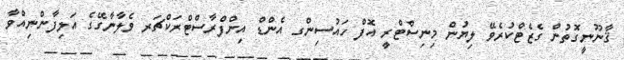
ޤާނޫނީގޮތުން ގެޒެޓްކުރެވޭ ލިޔުން މިނިސްޓްރީ އޮފް ހައުސިންގ އެންޑް އިންފްރާސްޓްރަކްޗަރ ވެލާނާގޭގެ އަލިފާންނިއްވާ